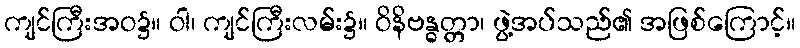
ကျင်ကြီးအဝ၌။ ဝါ၊ ကျင်ကြီးလမ်း၌။ ဝိနိဗန္ဓတ္တာ၊ ဖွဲ့အပ်သည်၏ အဖြစ်ကြောင့်။